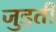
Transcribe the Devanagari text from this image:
जुड़तीं